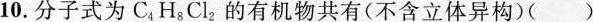
10.分子式为C_{4}H_{8}Cl_{2}的有机物共有(不含立体异构)()